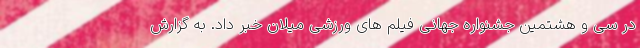
در سی و هشتمین جشنواره جهانی فیلم های ورزشی میلان خبر داد. به گزارش